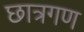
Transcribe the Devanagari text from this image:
छात्रगण